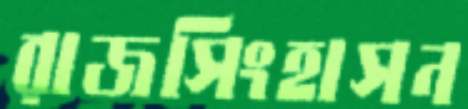
রাজসিংহাসন